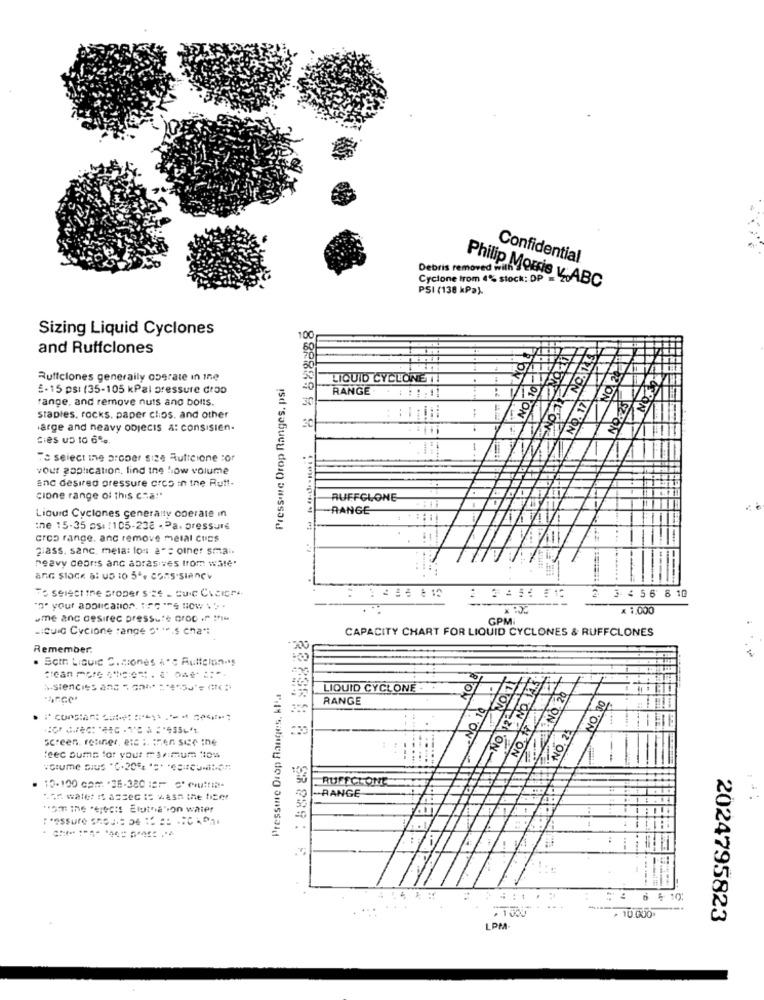
Confidential
Debris removed with
Cyclone trom 4% stock: DP = 2
PSI (138 kPa).
Philip Morris v.ABC
Sizing Liquid Cyclones
100
and Ruffclones
Ruffclones generally oograte in ine
Pressone Drop Ranges, psi
LIQUID CYCLONETE
£-15 ps: (35-105 kPal pressure drop
RANGE . : : : : !!
range, and remove nuts and bolts.
NO. 17
30
staples, rocks, paper clips, and other
large and heavy objecis a: consisien-
30
Cies us to 6%.
1
To select ing proper size Auficione :or
Your application, lind the low volume
and desired pressure orcs in the Rutt-
cione range of this cha!"
RUFFGLONE
-RANGE
Liquid Cyclones generalty operate in
the 15-35 psi :105-238 -Pa, pressure
Gros range. and remove melal cuns
glass. sanc, mela: los a"= oiner smai.
neavy deors and abrasives trom wate.
To select the proper sts - suic Cucire
..
2 3456 8 10
""" your application Tre Is now
-
x 1,000
ume anc desirec pressute Groc .r .:
GPM
sicula Cyclone range S' ".s cna":
CAPACITY CHART FOR LIQUID CYCLONES & RUFFCLONES
Remember.
200
. Som Liquic C. siones A's Auttcion-'s
àsiencies ans = ==* **** s'
Pressure Drop Fanges, kl'.
LIQUID CYCLONE ..
O
RANGE
LION
NO. 25
OL ON
screen, retiner, etc :. then sice ine
PLON
1 ON
:eec sums for your maximum Hlou
volume DIus "(-20% ** * cuit-
RUFFCLONE
10-100 cam .36-380 121 "eu-
-RANGE
. wale IS asse I was the tiger
"Sm ine 'ejects Elutria".on water
- : 1
6 5 10:
. 10.000
2024795823
LPM